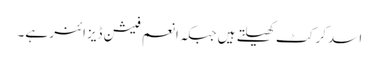
اسد کرکٹ کھیلتے ہیں جبکہ انعم فیشن ڈیزائنر ہے۔